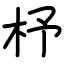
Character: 杼